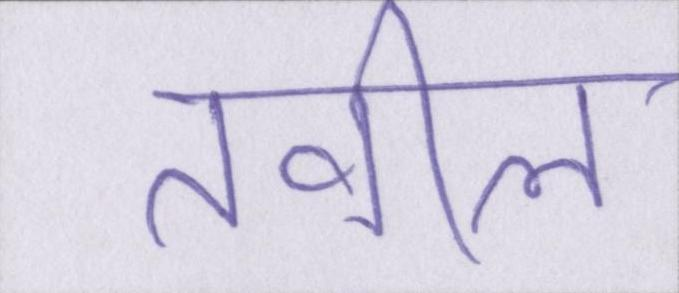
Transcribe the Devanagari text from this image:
तवील